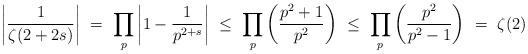
LaTeX: \begin{align*} \left|\frac{1}{\zeta(2 + 2s)}\right| \ = \ \prod_p\left|1 - \frac{1}{p^{2 + s}}\right| \ \leq \ \prod_p\left(\frac{p^2 + 1}{p^2}\right) \ \leq \ \prod_{p}\left(\frac{p^2}{p^2 - 1}\right) \ = \ \zeta(2) \end{align*}